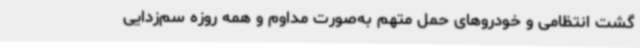
گشت انتظامی و خودروهای حمل متهم به‌صورت مداوم و همه روزه سم‌زدایی